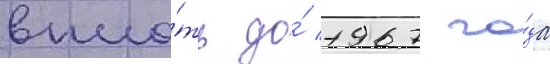
впло́ть до́ 1967 го́да